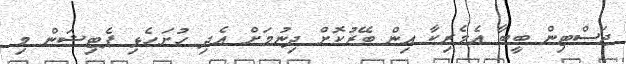
ޖަސްޓިން ބީބާ އެމެރިކާ އިން ބޭރުކޮށް ދިނުމަށް އެދި ހުށަހެޅި ޕެޓިޝަން މި